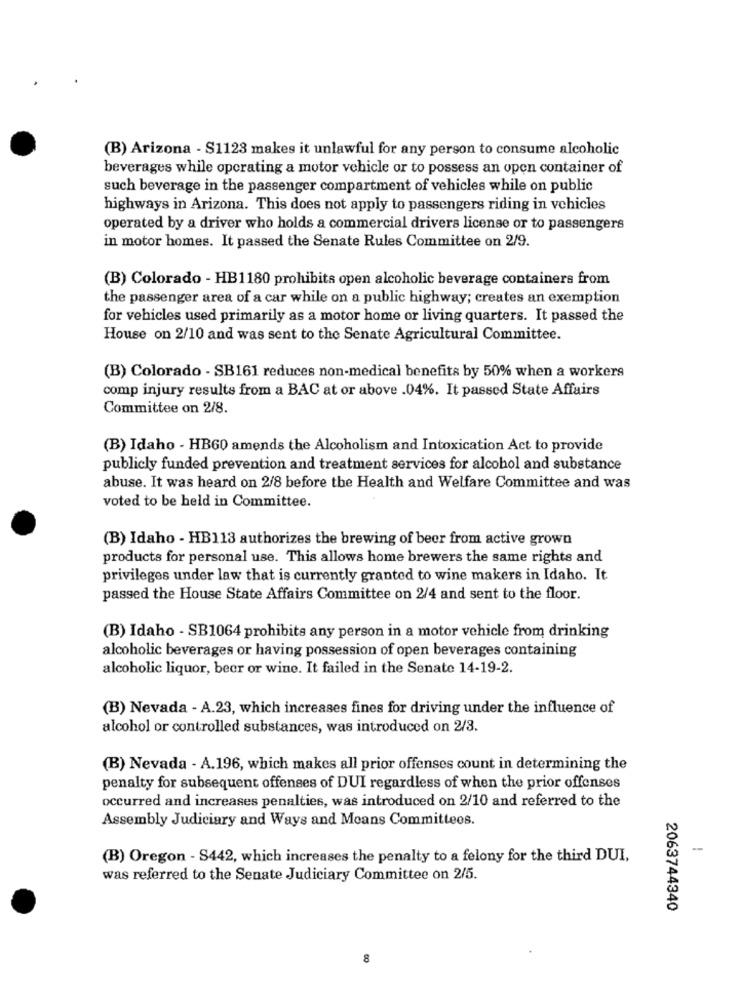
(B) Arizona - S1123 makes it unlawful for any person to consume alcoholic
beverages while operating a motor vehicle or to possess an open container of
such beverage in the passenger compartment of vehicles while on public
highways in Arizona. This does not apply to passengers riding in vehicles
operated by a driver who holds a commercial drivers license or to passengers
in motor homes. It passed the Senate Rules Committee on 2/9.
(B) Colorado - HB1180 prohibits open alcoholic beverage containers from
the passenger area of a car while on a public highway; creates an exemption
for vehicles used primarily as a motor home or living quarters. It passed the
House on 2/10 and was sent to the Senate Agricultural Committee.
(B) Colorado - SB161 reduces non-medical benefits by 50% when a workers
comp injury results from a BAC at or above .04%. It passed State Affairs
Committee on 2/8.
(B) Idaho - HB60 amends the Alcoholism and Intoxication Act to provide
publicly funded prevention and treatment services for alcohol and substance
abuse. It was heard on 2/8 before the Health and Welfare Committee and was
voted to be held in Committee.
(B) Idaho - HB113 authorizes the brewing of beer from active grown
products for personal use. This allows home brewers the same rights and
privileges under law that is currently granted to wine makers in Idaho. It
passed the House State Affairs Committee on 2/4 and sent to the floor.
(B) Idaho - SB1064 prohibits any person in a motor vehicle from drinking
alcoholic beverages or having possession of open beverages containing
alcoholic liquor, beer or wine. It failed in the Senate 14-19-2.
(B) Nevada - A.23, which increases fines for driving under the influence of
alcohol or controlled substances, was introduced on 2/3.
(B) Nevada - A.196, which makes all prior offenses count in determining the
penalty for subsequent offenses of DUI regardless of when the prior offenses
occurred and increases penalties, was introduced on 2/10 and referred to the
Assembly Judiciary and Ways and Means Committees.
-
(B) Oregon - S442, which increases the penalty to a felony for the third DUI,
was referred to the Senate Judiciary Committee on 2/5.
2063744340
8